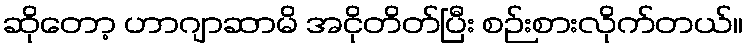
ဆိုတော့ ဟာဂျာဆာမိ အငိုတိတ်ပြီး စဉ်းစားလိုက်တယ်။